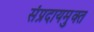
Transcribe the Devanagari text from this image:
संप्रदायमुक्त